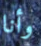
وأنا